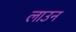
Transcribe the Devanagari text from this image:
लाउन